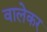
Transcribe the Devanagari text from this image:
वालेकर